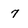
Character: 7